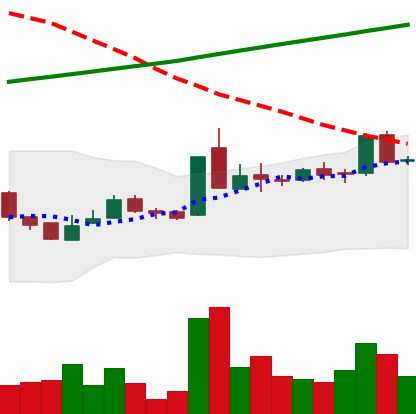
Ticker: LTC-USD
Chart end date: 2015-10-08
Forward return: 3.776%
Label: up_3_5